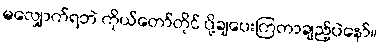
မလျှောက်ရဘဲ ကိုယ်တော်တိုင် ပို့ချပေးကြတာချည့်ပဲနော်။